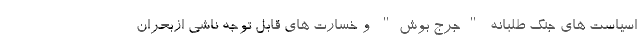
اسیاست های جنگ طلبانه "جرج بوش" و خسارت های قابل توجه ناشی ازبحران